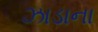
ઝાડાના